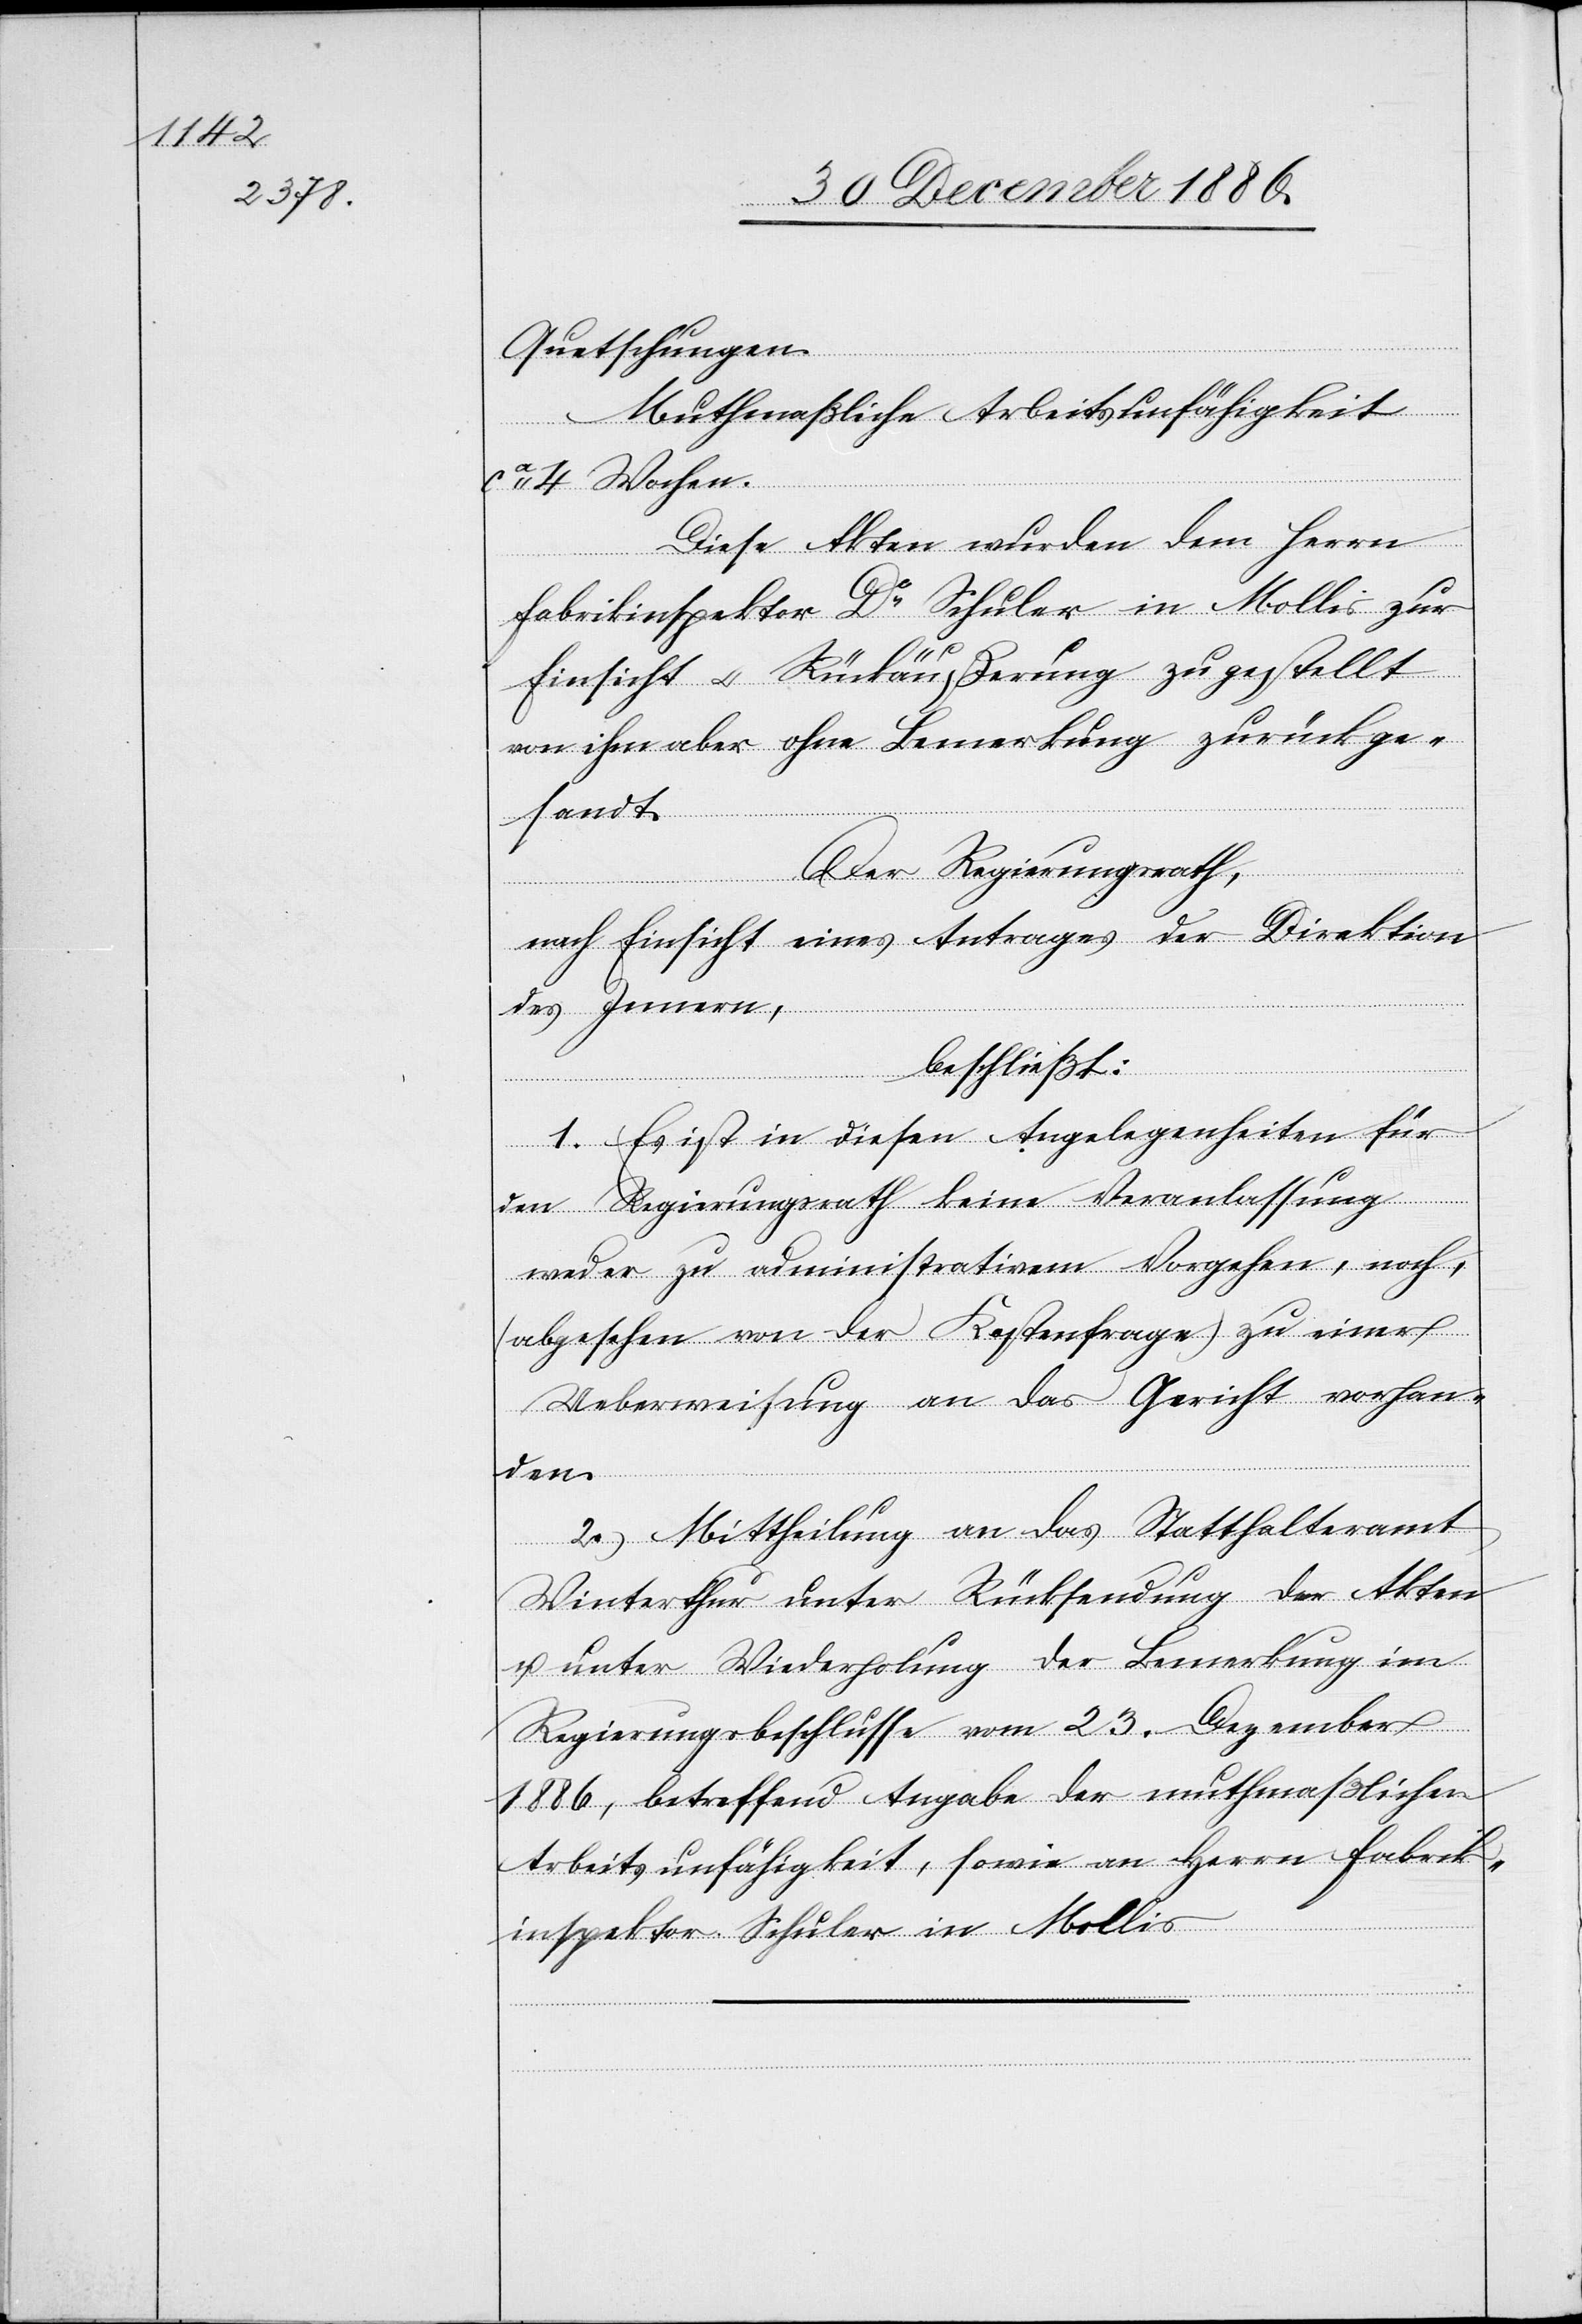
Quetschungen.
Muthmaßliche Arbeitsunfähgikeit
ca 4 Wochen.
Diese Akten wurden dem Herrn
Fabrikinspektor Dr Schuler in Mollis zur
Einsicht & Rückäußerung zugestellt[,]
von ihm aber ohne Bemerkung zurückge¬
sandt.
Der Regierungsrath,
nach Einsicht eines Antrages der Direktion
des Innern,
beschließt:
1. Es ist in diesen Angelegenheiten für
den Regierungsrath keine Veranlassung
weder zu administrativem Vorgehen, noch,
(abgesehen von der Kostenfrage) zu einer
Ueberweisung an das Gericht vorhan¬
den.
2. Mittheilung an das Statthalteramt
Winterthur unter Rücksendung der Akten
u. unter Wiederholung der Bemerkung im
Regierungsbeschlusse vom 23. Dezember
1886, betreffend Angabe der muthmaßlichen
Arbeitsunfähigkeit, sowie an Herrn Fabrik¬
inspektor Schuler in Mollis.